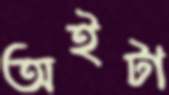
অইটা